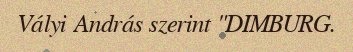
Vályi András szerint "DIMBURG.